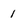
Character: 1